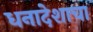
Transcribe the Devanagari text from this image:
धनादेशाचा